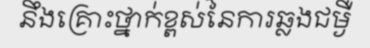
នឹងគ្រោះថ្នាក់ខ្ពស់នៃការឆ្លងជម្ងឺ